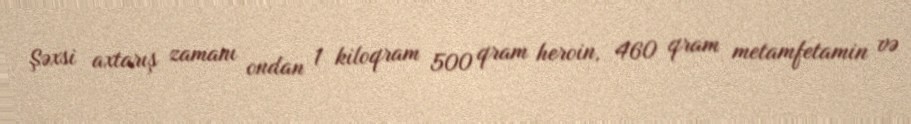
Şəxsi axtarış zamanı ondan 1 kiloqram 500 qram heroin, 460 qram metamfetamin və